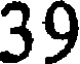
39